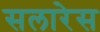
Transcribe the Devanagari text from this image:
सलारेस